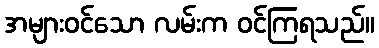
အများဝင်သော လမ်းက ဝင်ကြရသည်။